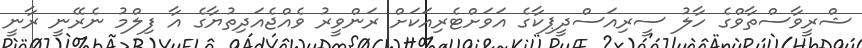
ޝްރީވާސްތާވްގެ ހާލު ސީރިއަސްދީޕިކާގެ އަވަށްޓެރިއަކަށް ރަންވީރު ވެއްޖެއަދިތުޔާގެ އާ ފިލްމު ނެރޭނީ ރާނީ